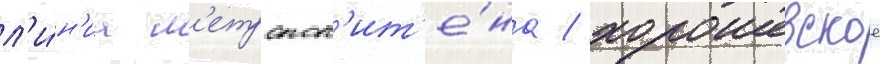
л'и́н'иа м'етропол'ит'е́на / хорошевское